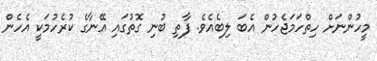
މީހުންނަށް ހިތްހަމަޖެހުން އެބަ ލިބެއެވެ. ފާތި ބުނި ގޮތުގައި އޭނާގެ ކުރެހުމަކީ އެހެން